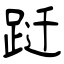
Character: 跹